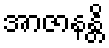
အာဇာနန္တိ